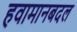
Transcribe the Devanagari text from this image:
हवामानबदल